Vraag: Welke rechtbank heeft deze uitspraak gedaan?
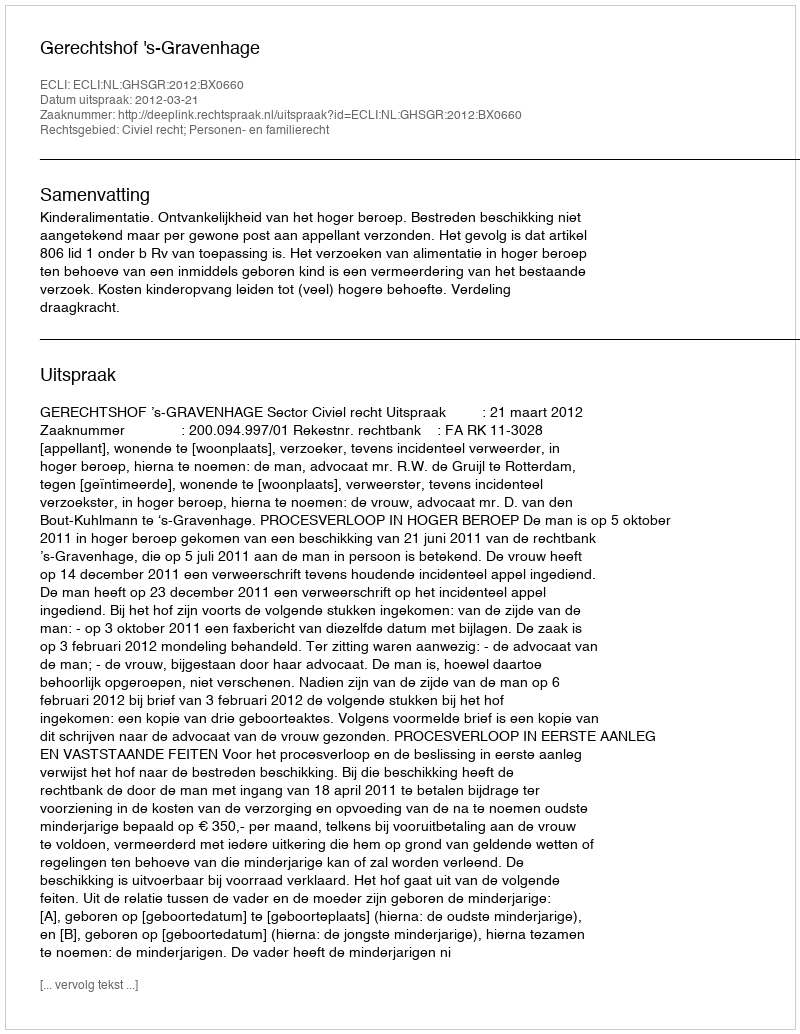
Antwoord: Gerechtshof 's-Gravenhage